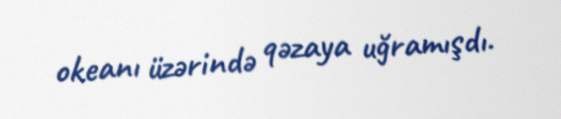
okeanı üzərində qəzaya uğramışdı.